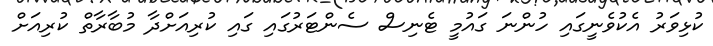
ކުޅިވަރު އެކުވެނީގައި ހުންނަ ގައުމީ ޓެނިސް ސެންޓަރުގައި ގައި ކުރިއަށްދާ މުބާރާތް ކުރިއަށް